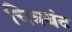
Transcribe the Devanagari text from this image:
चित्रबंद